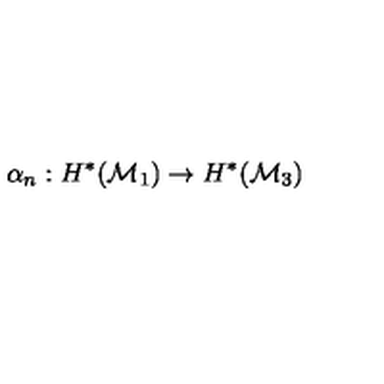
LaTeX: \alpha _ { n } : H ^ { * } ( { \cal M } _ { 1 } ) \to H ^ { * } ( { \cal M } _ { 3 } )